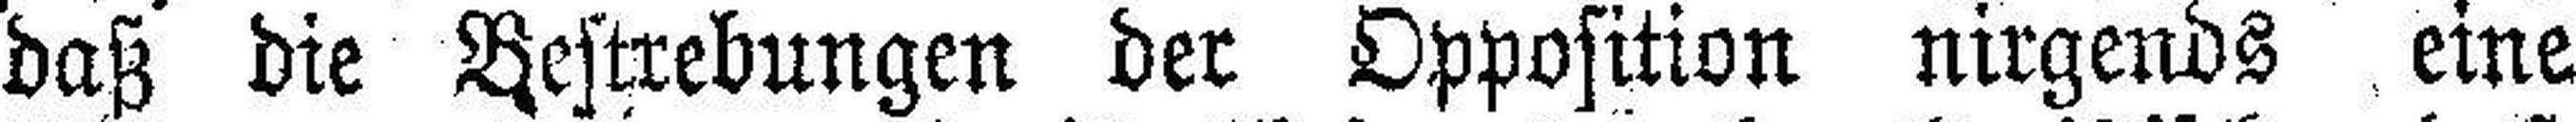
daß die Bestrebungen der Opposition nirgends eine